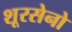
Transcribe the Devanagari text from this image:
शूरसेनो